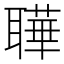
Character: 𬚦